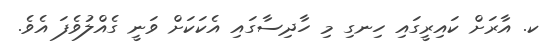
ކ. އާރަށް ކައިރީގައި ހިނގި މި ހާދިސާގައި އެކަކަށް ވަނީ ގެއްލުވެފަ އެވެ.